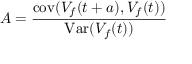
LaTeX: A = { \frac { \operatorname { c o v } ( V _ { f } ( t + a ) , V _ { f } ( t ) ) } { \operatorname { V a r } ( V _ { f } ( t ) ) } }